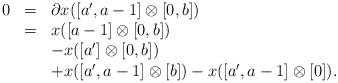
LaTeX: \begin{align*} \begin{array}{llll} 0&=&\partial x([a',a-1]\otimes [0,b]) \\ &=&x([a-1]\otimes [0,b])\\ &&-x([a']\otimes [0,b])& \\ &&+x([a',a-1]\otimes [b])-x([a',a-1]\otimes [0]).& \end{array} \end{align*}